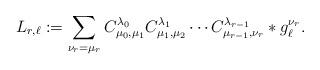
LaTeX: \begin{align*} L_{r,\ell}:=\sum_{\nu_r=\mu_r}C_{\mu_0,\mu_1}^{\lambda_0}C_{\mu_1,\mu_2}^{\lambda_1}\cdots C_{\mu_{r-1},\nu_r}^{\lambda_{r-1}}*g_{\ell}^{\nu_r}.\end{align*}